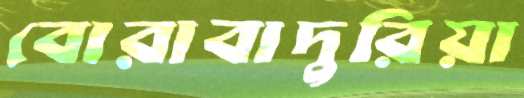
বোরাবাদুরিয়া